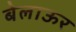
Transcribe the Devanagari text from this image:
बेलाऊर